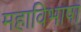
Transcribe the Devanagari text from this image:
महाविभाषा